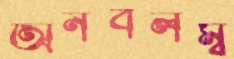
অনবলম্ব